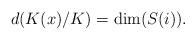
LaTeX: \begin{align*} d(K(x)/K) = \dim (S(i)). \end{align*}